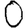
Digit: 0